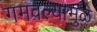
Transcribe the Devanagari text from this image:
गमवल्यामुळे